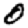
Digit: 0